Annual report of the Punjab Veterinary College and of the Civil Veterinary Department, Punjab - 1894-1908
Year: 1894
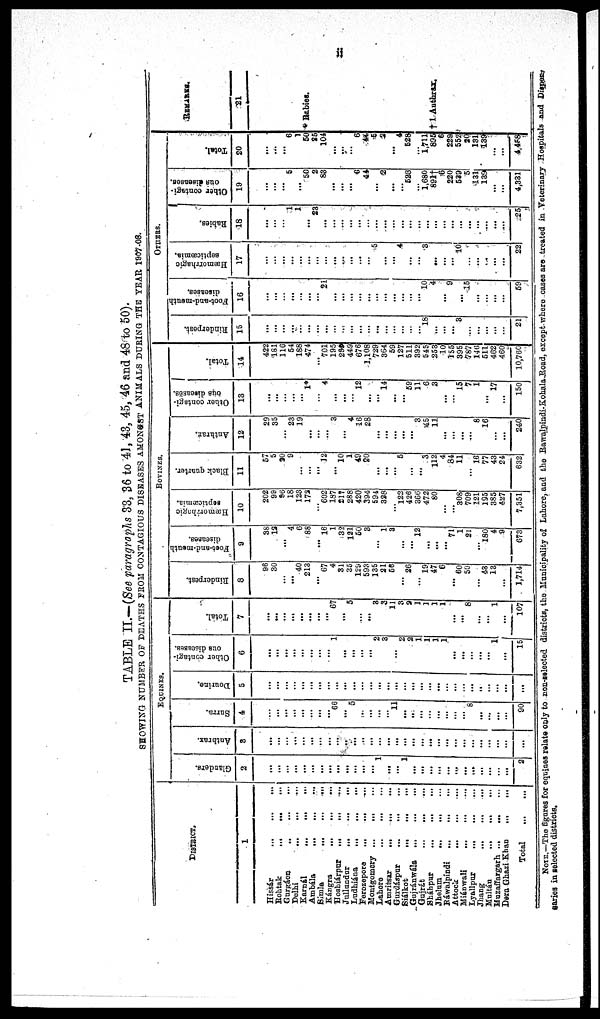
ii
TABLE II.—(See paragraphs 33, 86 to 43, 43, 45, 46 and 48 to 50).
SHOWING NUMBER OF DEATHS FROM CONTAGIOUS DISEASES AMONGST ANIMALS DURING THE YEAR 1907-08.
DISTRICT.
1
Hissár
...
...
...
Rohtak
...
...
...
Gurgáon
...
Delhi
...
...
...
Karnál
...
...
...
Ambála ... ... ...
Simla
...
...
...
Kángra
...
...
...
Hoshiápur ... ... ...
Jullundur
...
...
...
Ludhiána
...
...
...
Ferozepore
...
...
...
Montgomery
...
...
...
Lahore
...
...
...
Amritsar
...
...
...
Gurdáspur ... ... ...
Siálkot
...
...
...
Gujránwála
...
...
...
Gujrát
...
...
...
Sháhpur
...
...
...
Jhelum
...
...
...
Ráwalpindi ... ... ...
Attock
...
...
...
Miánwali ... ... ...
Lyallpur ... ... ...
Jhang
...
...
...
Multán
...
...
...
Muzaffargarh ... ... ...
Dera Ghazi Khan ... ... ...
Total ... ...
EQUINES.
Glanders.
2
...
...
...
...
...
...
...
...
...
...
...
...
1
...
...
1
...
...
...
...
...
...
..
...
...
...
...
...
2
Anthrax.
3
...
...
...
...
...
...
...
...
...
...
...
...
...
...
...
...
...
...
...
...
...
...
...
...
...
...
...
...
...
...
Surra.
4
...
...
...
...
...
...
...
...
66
...
5
...
...
...
...
11
...
...
...
...
...
...
...
...
8
...
...
...
...
90
Dourine.
5
...
...
...
...
...
...
...
...
...
...
...
...
...
...
...
...
...
...
...
...
...
...
...
...
...
...
...
...
...
...
Other contagi-
ous diseases.
6
...
...
...
...
...
...
...
...
1
...
...
...
...
...
3
...
2
2
1
1
1
1
...
...
...
...
...
1
...
15
Total.
7
...
...
...
...
...
...
...
...
67
...
5
...
...
3
3
11
3
2
1
1
1
1
...
...
8
...
...
1
...
107
BOVINES.
Rinderpest.
8
96
30
...
...
40
213
...
67
4
31
35
129
593
135
21
68
...
26
...
19
47
6
...
60
50
...
48 13
...
1,714
Foot-and-mouth
diseases.
9
38
12
...
4
6
88
...
16
1
32
121
50
3
...
1
3
...
...
12
...
...
...
71
1
21
...
180
4
9
673
Hæmorrhagic
septicæmia.
10
202
98
96
18
123
172
...
602
187
217
288
420
394
594
328
...
122
426
800
472
80
...
...
308
709
121
195
385
427
7,351
Black quarter.
11
57
5
30
9
...
...
...
12
...
10
1
49
20
...
...
...
5
...
...
3
112
4
84
11
...
16
77
43
24
632
Anthrax.
12
29
35
...
23
19
...
...
...
3
...
4
16
28
...
...
...
...
...
3
45
11
...
...
...
...
8
16
...
...
240
Other contagi-
-us diseases.
13
...
...
...
...
...
1*
...
4
...
...
...
12
...
...
14
...
...
59
11
6
3
...
...
15
7
1
...
17
...
150
Total.
14
422
181
116
54
188
474
...
701
195
202
449
678
1,108
729
364
59
127
511
392
545
253
10
155
395
787
140
511
462
460
10,760
OTHERS.
Rinderpest.
15
...
...
...
...
...
...
...
...
...
...
...
...
...
...
...
...
...
...
...
18
...
...
...
8
...
...
...
...
...
21
Foot-and-mouth
diseases.
16
...
...
...
...
...
...
...
21
...
...
...
...
...
...
...
...
...
...
10
4
...
9
...
15
...
...
...
...
69
Hæmorrhagic
septicæmia.
17
...
...
...
...
...
...
...
...
...
...
...
...
...
5
...
...
4
...
...
8
...
...
...
10
...
...
...
...
...
22
Rabies.
18
...
...
...
1
1
...
23
...
...
...
...
...
...
...
...
...
...
...
...
...
...
...
...
...
...
...
...
...
...
25
Other contagi-
ous diseases.
19
...
...
...
5
...
50
2
83
...
...
...
6
44
...
2
...
...
528
...
1,680
89l†
6
220
539
51
131
189
...
...
4,331
Total.
20
...
...
...
6
1
50
25
104
...
...
...
6
44
5
2
...
4
528|
...
1,711
895
6
229
552
20
131
139
...
...
4,458
REMARKS.
21
* Rabies.
†1 Anthrax;
NOTE.—The figures for equines relate only to non-selected districts, the Municipality of Lahore, and the Rawalpindi-Kohala Road, except where cases are treated in Veterinary Hospitals and Dispen-
saries in selected districts.